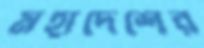
মহাদেশের